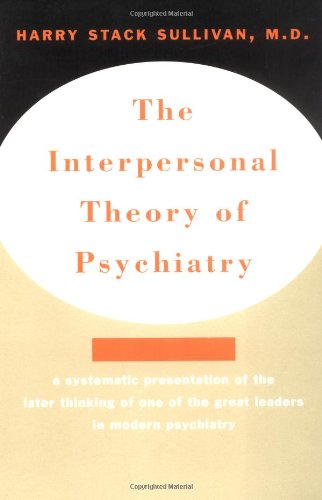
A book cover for The Interpersonal Theory of Psychiatry; Harry Stack Sullivan; Politics & Social Sciences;